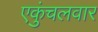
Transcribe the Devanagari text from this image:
एकुंचलवार